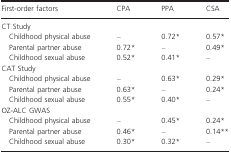
| First‐order factors | CPA | PPA | CSA |
 | --- | --- | --- | --- |
 | <COLSPAN=4> CT Study |
 | Childhood physical abuse | – | 0.72* | 0.57* |
 | Parental partner abuse | 0.72* | – | 0.49* |
 | Childhood sexual abuse | 0.52* | 0.41* | – |
 | <COLSPAN=4> CAT Study |
 | Childhood physical abuse | – | 0.63* | 0.29* |
 | Parental partner abuse | 0.63* | – | 0.24* |
 | Childhood sexual abuse | 0.55* | 0.40* | – |
 | <COLSPAN=4> OZ‐ALC GWAS |
 | Childhood physical abuse | – | 0.45* | 0.24* |
 | Parental partner abuse | 0.46* | – | 0.14** |
 | Childhood sexual abuse | 0.30* | 0.32* | – |